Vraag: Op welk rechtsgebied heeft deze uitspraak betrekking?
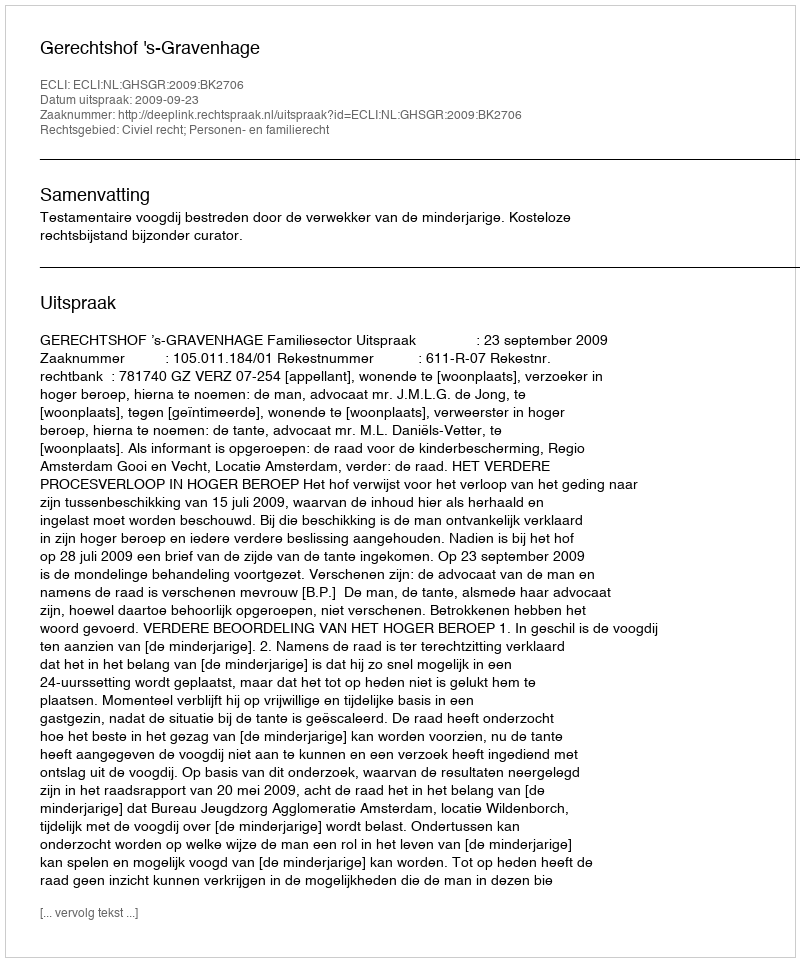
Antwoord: Civiel recht; Personen- en familierecht